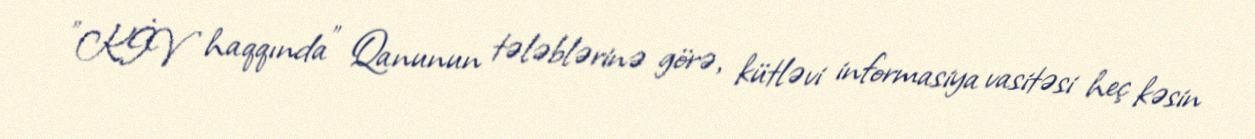
”KİV haqqında" Qanunun tələblərinə görə, kütləvi informasiya vasitəsi heç kəsin